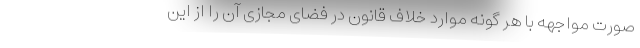
صورت مواجهه با هر گونه موارد خلاف قانون در فضای مجازی آن را از این